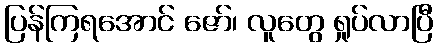
ပြန်ကြရအောင် ဇော်၊ လူတွေ ရှုပ်လာပြီ